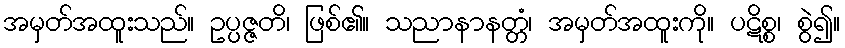
အမှတ်အထူးသည်။ ဥပ္ပဇ္ဇတိ၊ ဖြစ်၏။ သညာနာနတ္တံ၊ အမှတ်အထူးကို။ ပဋိစ္စ၊ စွဲ၍။